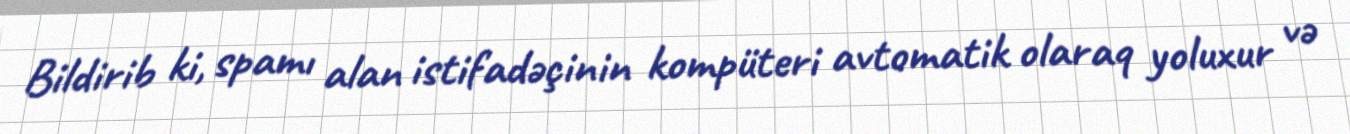
Bildirib ki, spamı alan istifadəçinin kompüteri avtomatik olaraq yoluxur və